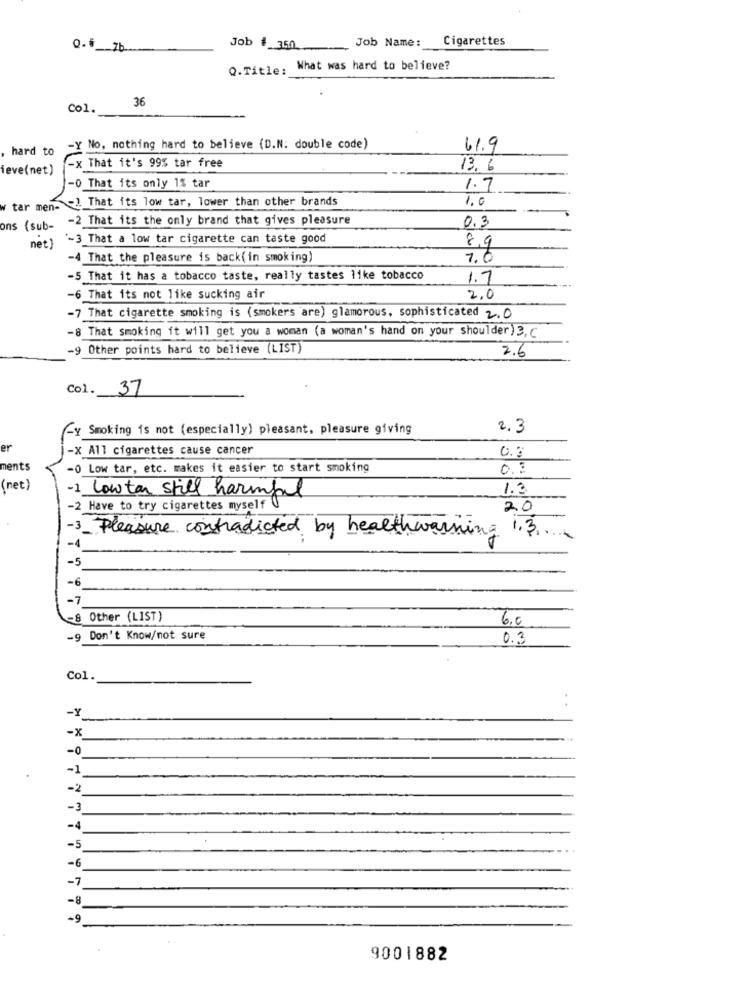
Job Name: Cigarettes
Q.6 7b
Job # 350
Q.Title:
What was hard to believe?
36
Col.
hard to
-Y No. nothing hard to believe (D.N. double code)
61.9
ieve(net)
That it's 99% tar free
13. 6
-0 That its only 1% tar
1.7
-! That its low tar, lower than other brands
1.0
w tar men-
-2 That its the only brand that gives pleasure
0.3
ons (sub-
"-3_That a low tar cigarette can taste good
net)
8,9
-4 That the pleasure is back(in smoking)
7.0
-5 That it has a tobacco taste, really tastes like tobacco
1.7
-6 That its not like sucking air
2.0
-7 That cigarette smoking is (smokers are) glamorous, sophisticated 2.0
-8 That smoking it will get you a woman (a woman's hand on your shoulder) 3, C
-9 Other points hard to believe (LIST)
2.6
Col. 37
Ly Smoking is not (especially) pleasant, pleasure giving
2.3
er
-x All cigarettes cause cancer
ments
-0 Low tar, etc. makes it easier to start smoking
0.3
(net)
1.3
-1 Lowtor Still harmful
-2 Have to try cigarettes myself 0
20
-3_Pleasure contradicted by healthwarning 1.3.
-4
-5
-6
-7
8 Other (LIST)
6.0
-9 Don't Know/not sure
0.3
Col.
-Y
-x
-0
-1
-2
-3
-4
-5
-6
-7
-8
-9
9001882